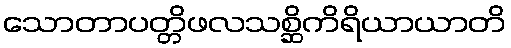
သောတာပတ္တိဖလသစ္ဆိကိရိယာယာတိ